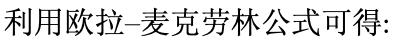
利用欧拉-麦克劳林公式可得: